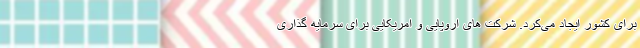
برای کشور ایجاد می‌کرد. شرکت های اروپایی و امریکایی برای سرمایه گذاری